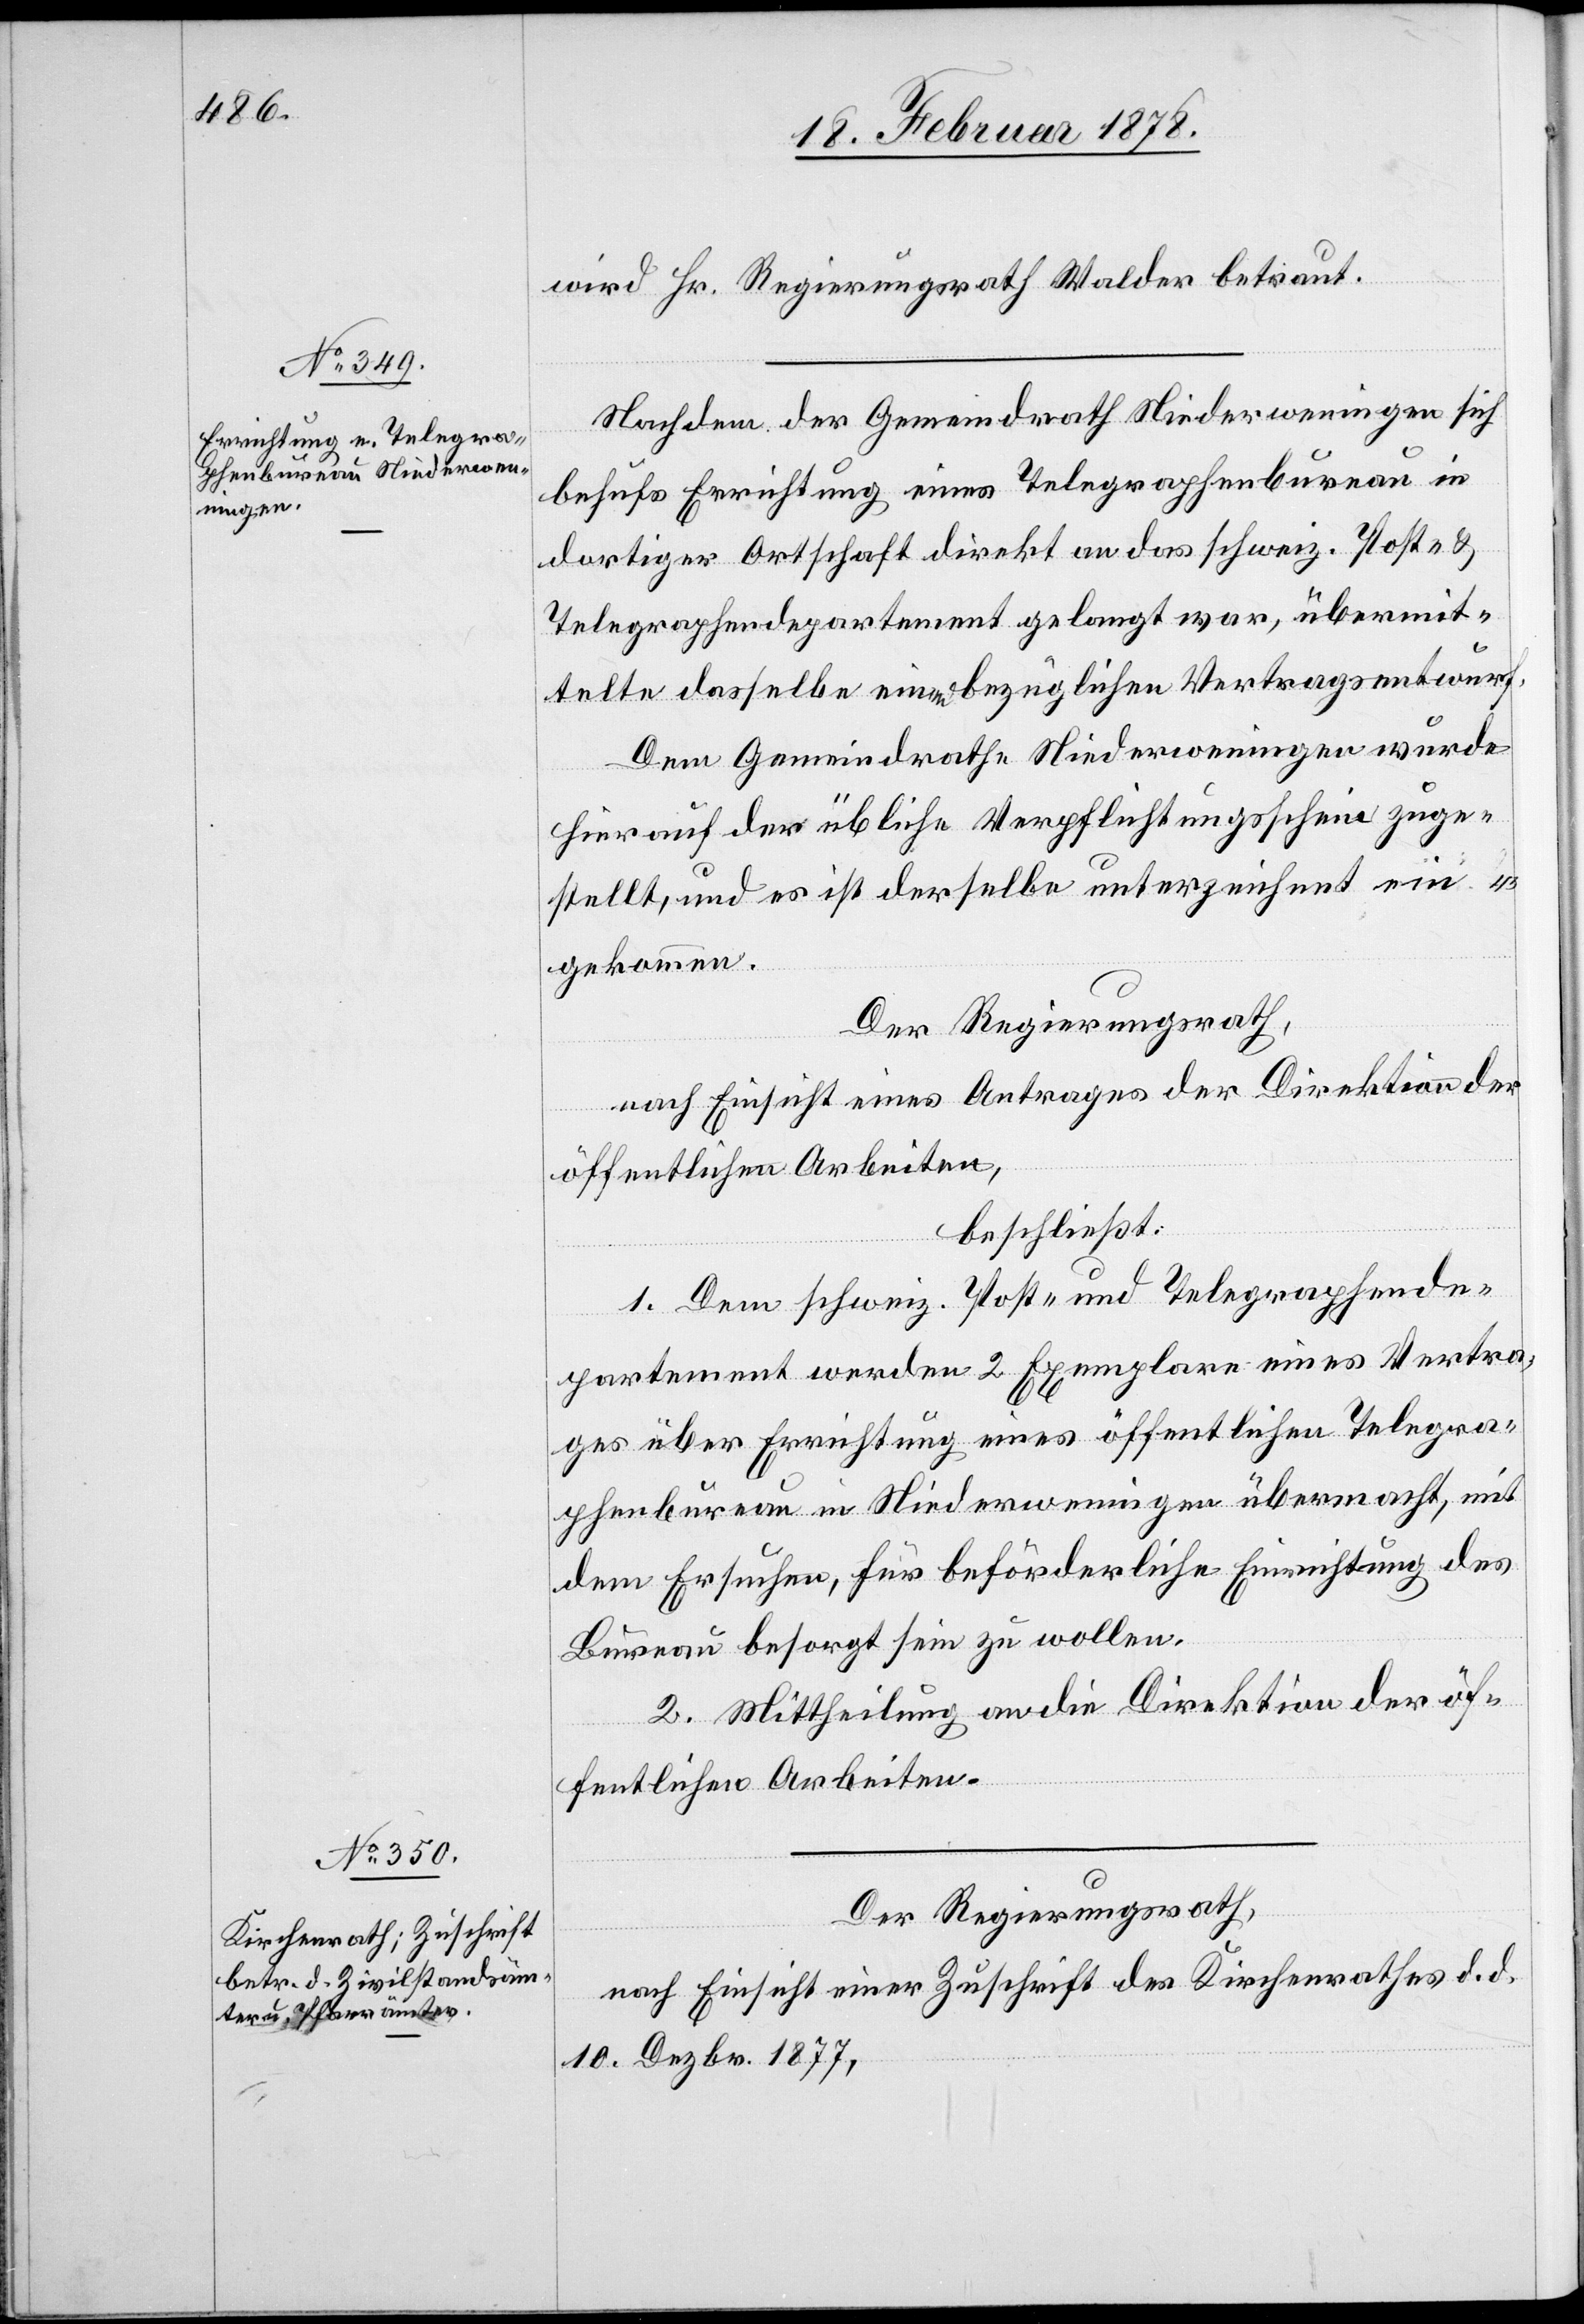
wird Hr. Regierungsrath Walder betraut.
Nachdem der Gemeindrath Niederweningen sich
behufs Errichtung eines Telegraphenbureau in
dortiger Ortschaft direkt an das schweiz. Post- &
Telegraphendepartement gelangt war, [sic!] übermit¬
telte dasselbe einen bezüglichen Vertragsentwurf.
Dem Gemeindrath Niederweningen wurde
hierauf der übliche Verpflichtungsschein zuge¬
stellt, und es ist derselbe unterzeichnet ein¬
gekommen.
Der Regierungsrath,
nach Einsicht eines Antrages der Direktion der
öffentlichen Arbeiten,
beschließt:
1. Dem schweiz. Post- und Telegraphende¬
partement werden 2 Exemplare eines Vertra¬
ges über Errichtung eines öffentlichen Telegra¬
phenbureau in Niederweningen übermacht, mit
dem Ersuchen, für beförderliche Einrichtung des
Bureau besorgt sein zu wollen.
2. Mittheilung an die Direktion der öf¬
fentlichen Arbeiten.
Der Regierungsrath,
nach Einsicht einer Zuschrift des Kirchenrathes d. d.
10. Dezbr. 1877,